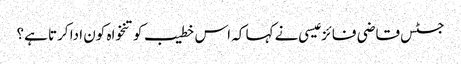
جسٹس قاضی فائز عیسی نے کہا کہ اس خطیب کو تنخواہ کون ادا کرتا ہے؟